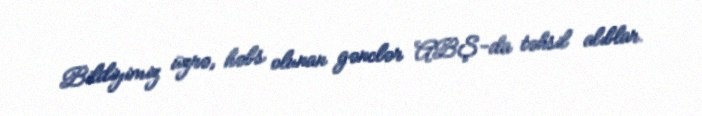
Bildiyimiz üzrə, həbs olunan gənclər ABŞ-da təhsil alıblar.